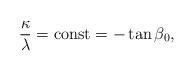
LaTeX: \begin{align*}\frac{\kappa}{\lambda} = {\rm const} = -\tan{\beta_0} ,\end{align*}